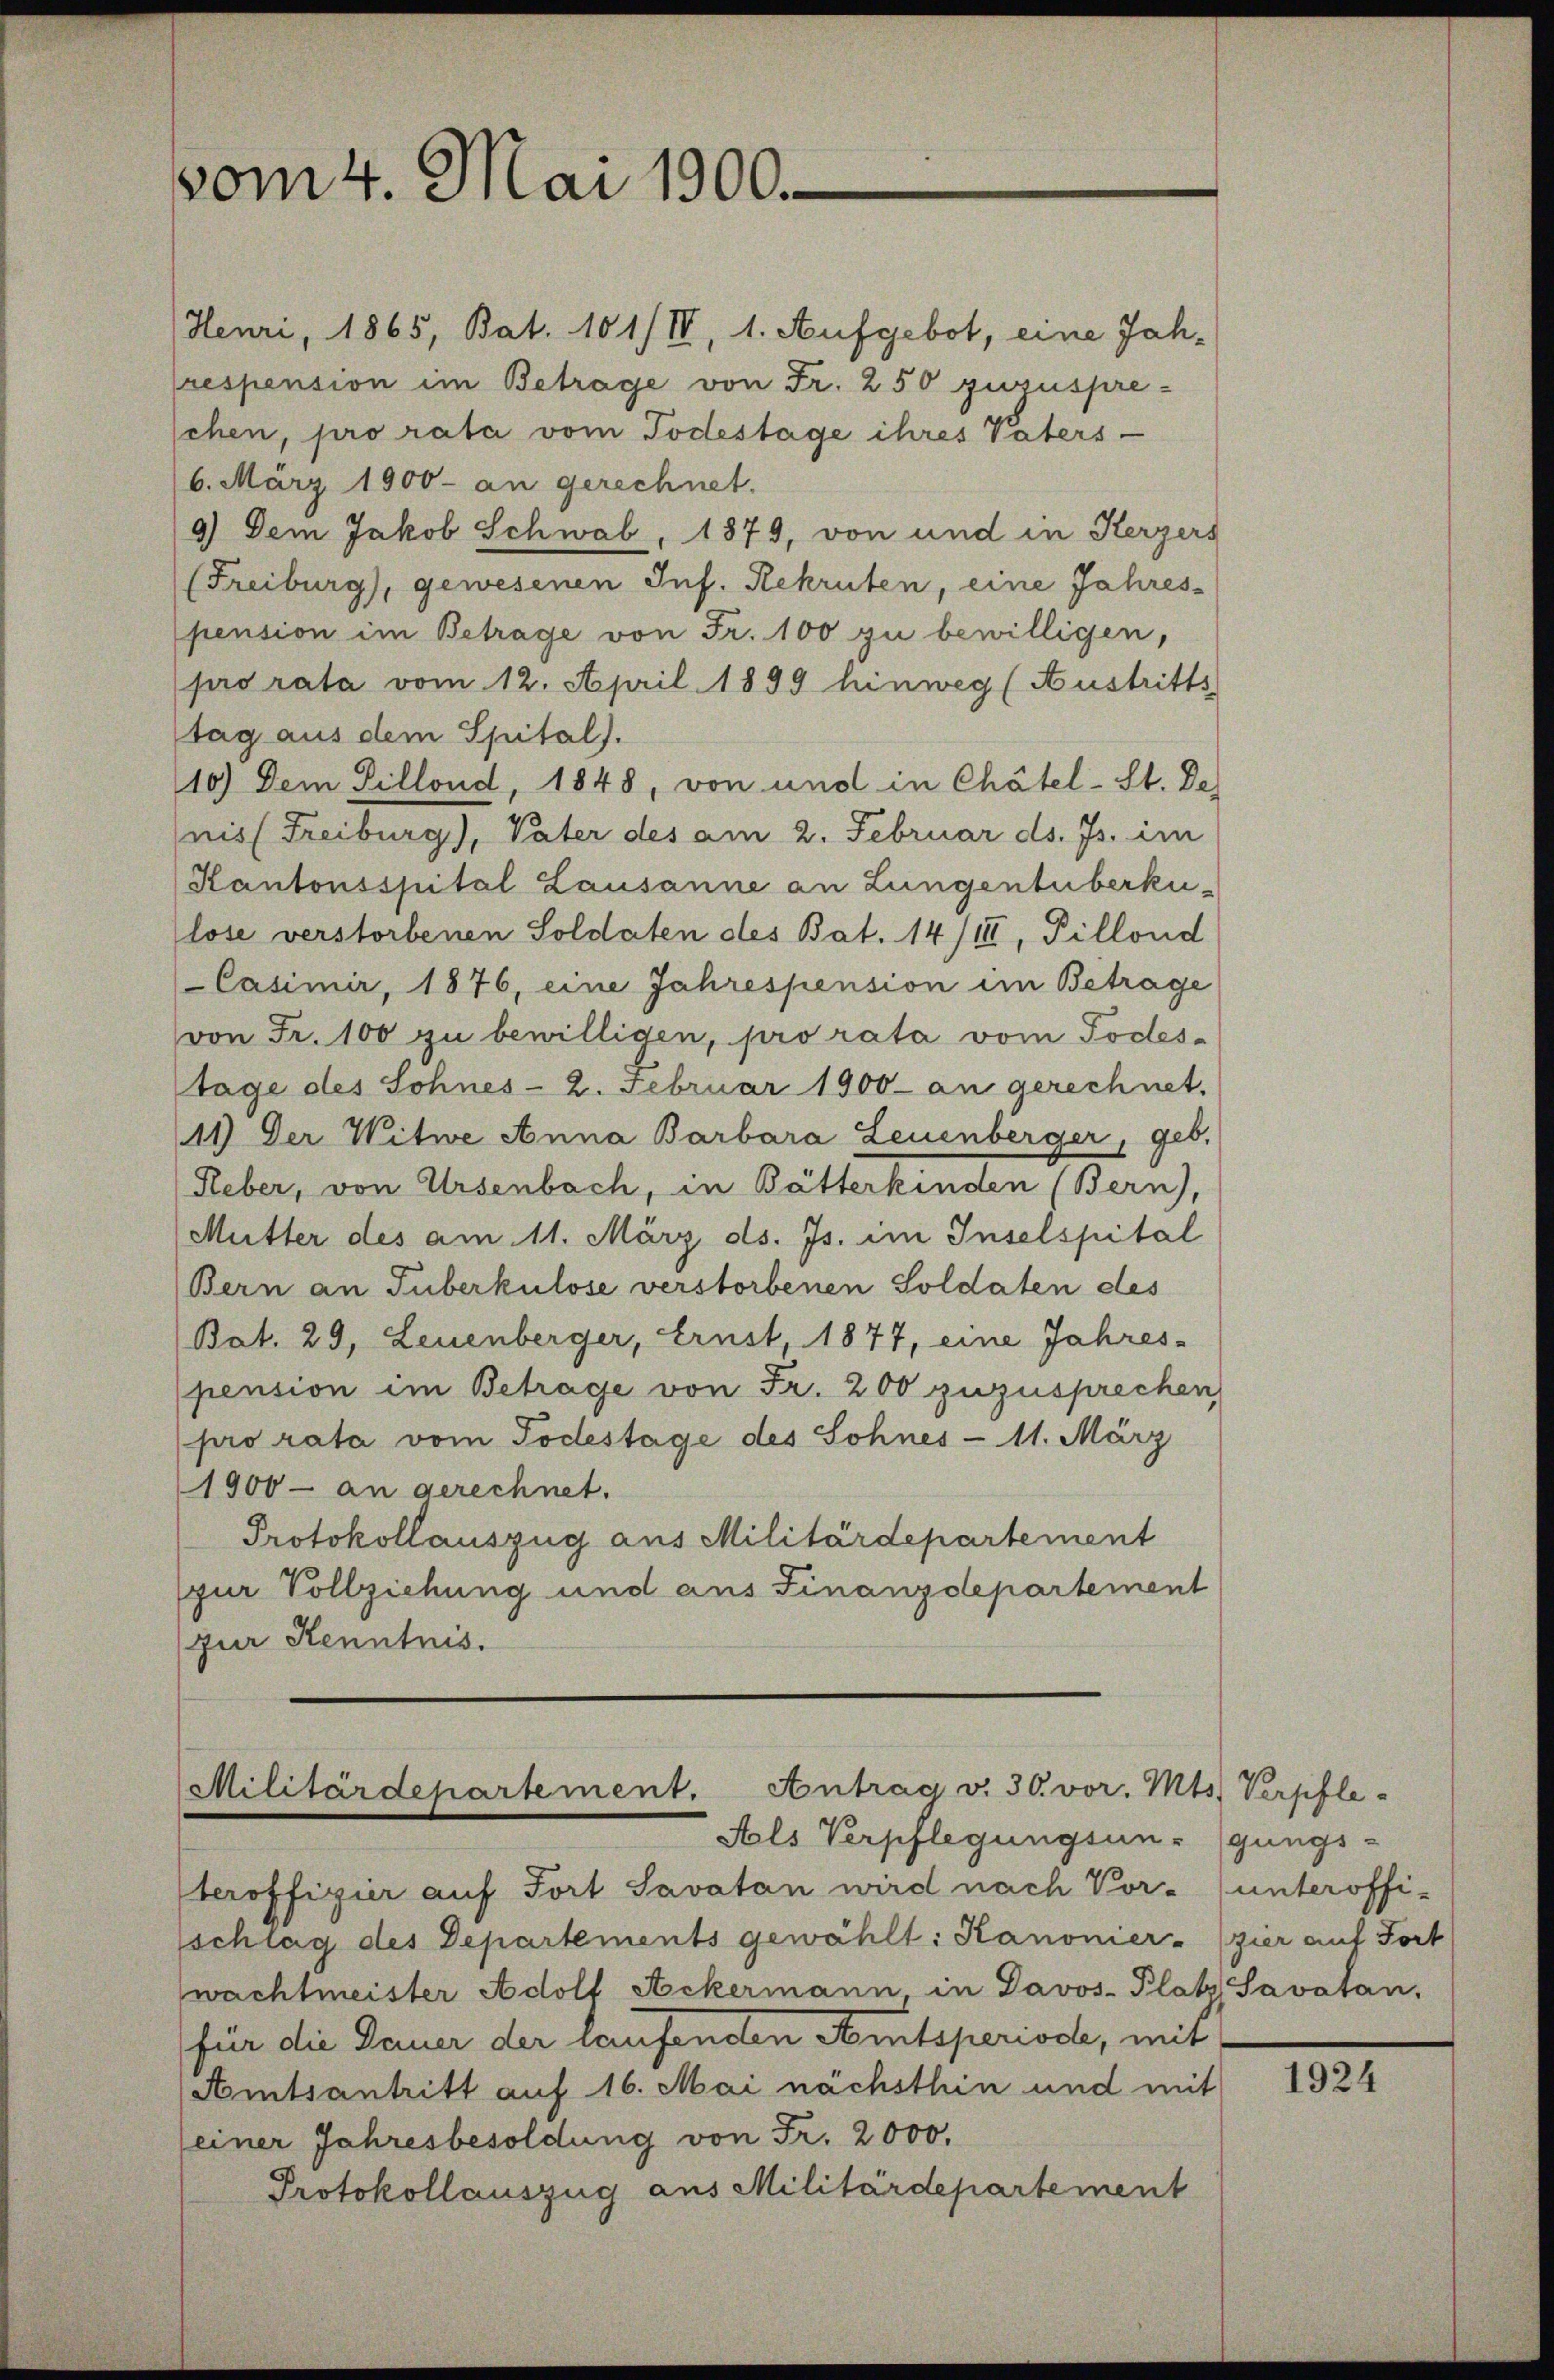
vom 4. Mai 1900.

Militärdepartement. Antrag v. 30. vor. Mts. Verpfle-
Als Verpflegungsangungs-

Heuri, 1865, Bat. 101/IV, 1. Aufgebot, eine Jah-
respension im Betrage von Fr. 250 zuzusprechen, pro rata vom Todestage ihres Vaters-
6. März 1900 an gerechnet.
9) Dem Jakob Schwab, 1879, von und in Kerzers
(Freiburg), gewesenen Inf. Rekruten, eine Jahres-
pension im Betrage von Fr. 100 zu bewilligen,
pro rata vom 12. April 1899 hinweg (Austritts
stag aus dem Spital).
10.) Dem Sillond, 1848, von und in Chätel-St. De
nis (Freiburg), Vater des am 2. Februar ds. Js. im
Kantonsspital Lausanne an Lungentuberku-
lose verstorbenen Soldaten des Bat. 14/III, Pillond
Casimir, 1876, eine Jahrespension im Betrage
von Fr. 100 zu bewilligen, pro rata vom Todestage des Sohnes- 2. Februar 1900 an gerechnet.
11) Der Witwe Anna Barbara Leuenberger, geb.
Reber, von Ursenbach, in Bätterkinden (Bern),
Mutter des am 11. März ds. Js. im Inselspital
Bern an Tuberkulose verstorbenen Soldaten des
Bat. 29, Leuenberger, Ernst, 1877, eine Jahres-
pension im Betrage von Fr. 200 zuzusprechen
pro rata vom Todestage des Sohnes - 11. März
1900 - an gerechnet.
Protokollauszug aus Militärdepartement
(zur Vollziehung und aus Finanzdepartement
(zur Kenntnis.

teroffizier auf Fort Savatan wird nach Vor- (unteroffi-
schlag des Departements gewählt: Kanonier- (zier auf Fort
wachtmeister Adolf Ackermann in Davos- Platz Savatan,
für die Dauer der laufenden Amtsperiode, mit
Amtsantritt auf 16. Mai nächsthin und mit
seiner Jahresbesoldung von Fr. 2000.
Protokollauszug aus Militärdepartement

1924